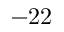
- 2 2